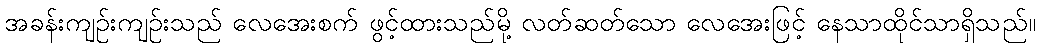
အခန်းကျဉ်းကျဉ်းသည် လေအေးစက် ဖွင့်ထားသည်မို့ လတ်ဆတ်သော လေအေးဖြင့် နေသာထိုင်သာရှိသည်။